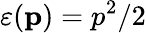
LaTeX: \varepsilon(\mathbf{p})=p^{2}/2